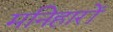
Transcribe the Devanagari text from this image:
मनिहारों